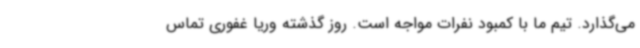
می‌گذارد. تیم ما با کمبود نفرات مواجه است. روز گذشته وریا غفوری تماس